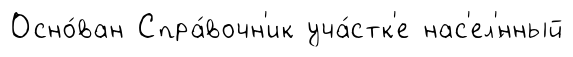
Осно́ван Спра́вочн'ик уча́стк'е нас'ел'́нный